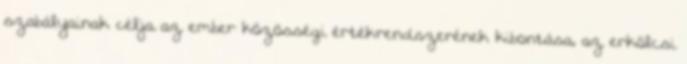
szabályainak célja az ember közösségi értékrendszerének kibontása, az erkölcsi